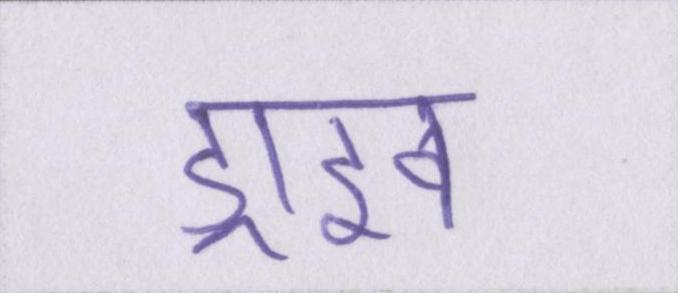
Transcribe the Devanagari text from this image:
ड्राइव